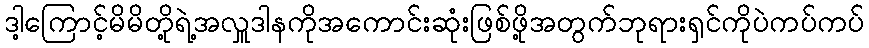
ဒါ့ကြောင့်မိမိတို့ရဲ့အလှူဒါနကိုအကောင်းဆုံးဖြစ်ဖို့အတွက်ဘုရားရှင်ကိုပဲကပ်ကပ်